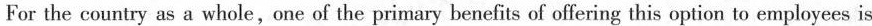
For the country as a whole,one of the primary benefits of offering this option to employees is